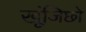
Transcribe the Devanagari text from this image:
खूंजिछो